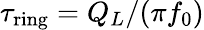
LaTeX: \tau_{\textrm{ring}}=Q_{L}/(\pi f_{0})